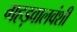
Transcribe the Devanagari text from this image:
गहड़वालवंशी